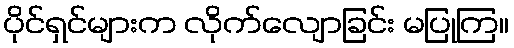
ပိုင်ရှင်များက လိုက်လျောခြင်း မပြုကြ။